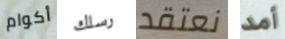
أكوام رسلك نعتقد أمد